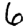
Digit: 6